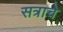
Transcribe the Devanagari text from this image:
सत्राचे